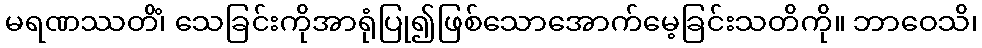
မရဏဿတိံ၊ သေခြင်းကိုအာရုံပြု၍ဖြစ်သောအောက်မေ့ခြင်းသတိကို။ ဘာဝေသိ၊